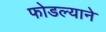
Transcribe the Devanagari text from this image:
फोडल्याने